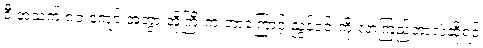
ဒီ အသက် ၈၀ ကျော် အဘွားအိုကြီးက ဘာကြောင့် ညွန့်ဝင်းကို လာကြည့်တာလဲဆိုရင်